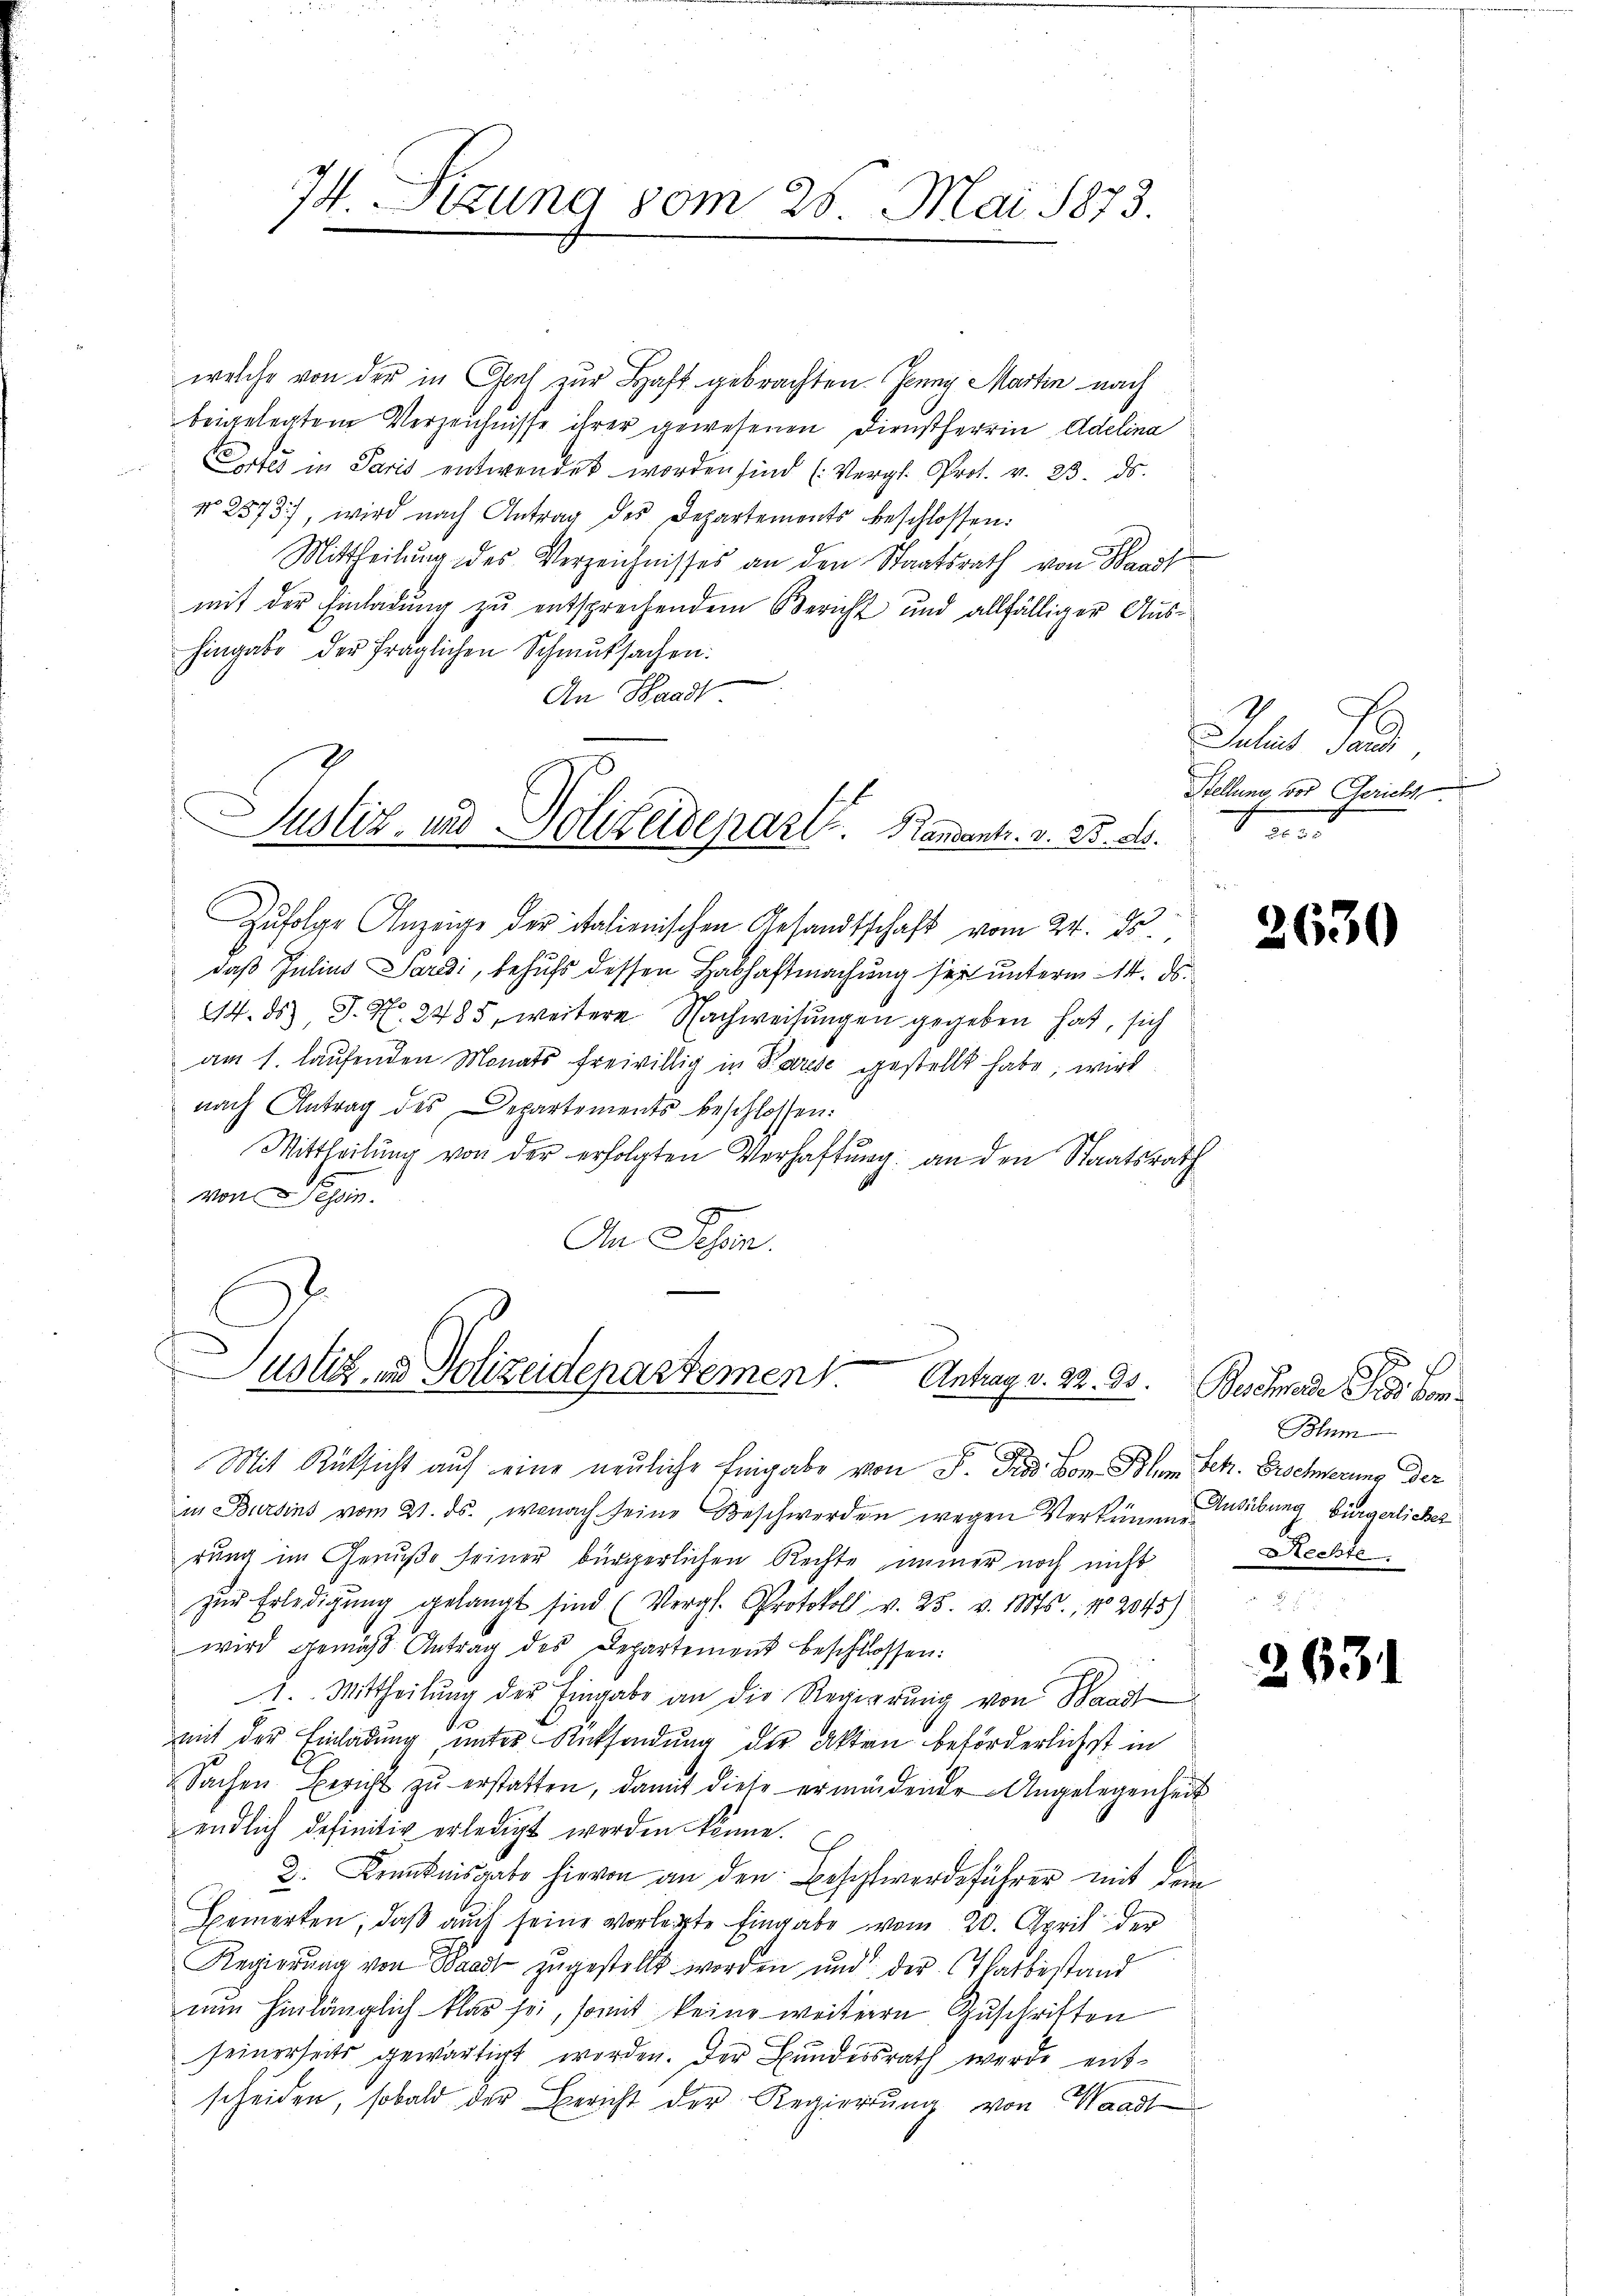
74. Sitzung vom 20. Mai 1873.
1

welche von der in Genf zur Haft gebrachten. Jenny Martin nach
beigelegtem Verzeichnisse ihrer gewesenen Dienstherrn Adelina
Ortes in Paris entwendet worden sind (Vergl. Prot. v. 23. ds.
No 2573), wird nach Antrag des Departements beschlossen:
Mittheilung des Verzeichnisses an den Staatsrath von Band
mit der Einladung zu entsprechendem Bericht und allfälliger Aushingabe der fraglichen Schmutsachen.
An Waadt
Zufolge Anzeige der italienischen Gesandtschaft vom 24. ds
daß Julius Pardi, behufs dessen Habhaftmachung sei unterm 14. ds.
214. ds J. No. 2485, weitere Nachweisungen gegeben hat, sich
am 1. laufenden Monats freiwillig in Parise gestellt habe, wird
nach Antrag des Departements beschlossen:
Mittheilung von der erfolgten Verhaftung an den Staatsrath
von Tessin.
An Schen.
Justiz in Polizeidepartemen, Antags. S. 30. Bachmide Sie ver¬
Mit Rüksicht auf eine neuliche Eingabe von S. Tiss. Vom Blum Bek. Erschnerung der
in Bursins vom 21. ds., wonach seine Beschwerden wegen Verkünen Ausübung Bürgerlicher
rung im Genuße seiner bürgerlichen Rechte immer noch nicht
zŭr Erledigŭng gelangt sind (Vergl. Protokoll v. 25. v. Mts., No 2045)
wird gemäß Antrag des Departement beschlossen:
1. Mittheilŭng der Eingabe an die Regierŭng von Baad
mit der Einladung unter Rücksendung der Akten beförderlichst in
Sachen Bericht zŭ erstatten, damit diese ermüdende Angelegenheit
endlich definitiv erledigt werden könne.
2. Kenntnisgabe hievon an den Beschwerdeführer mit dem
Bemerken, daß auch seine vorlegte Eingabe vom 20. April der
Regierŭng von Waadt zugestellt worden und der Tatbestand
nun hinlänglich klar sei, somit keine weiteren Zuschriften
seinerseits gewärtigt worden. Der Bundesrath werde entscheiden, sobald der Bericht der Regierung von Waadt

Justiz- und Polizeidepart. Naments. v. 35. ab.

Jaber das
Stellung, vor Gerich
r

2630

Blum
Rechte.

263